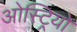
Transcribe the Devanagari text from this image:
ओस्ट्रियो